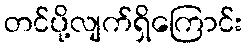
တင်ပို့လျက်ရှိကြောင်း